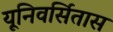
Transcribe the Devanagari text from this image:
यूनिवर्सितास